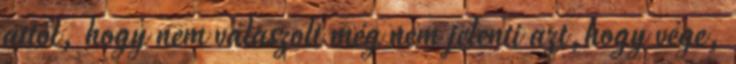
attól, hogy nem válaszolt még nem jelenti azt,hogy vége,